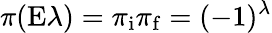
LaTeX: \pi(\mathrm{E}\lambda)=\pi_{\mathrm{i}}\pi_{\mathrm{f}}=(-1)^{\lambda}